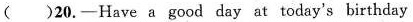
( )20.-Have a good day at today's birthday